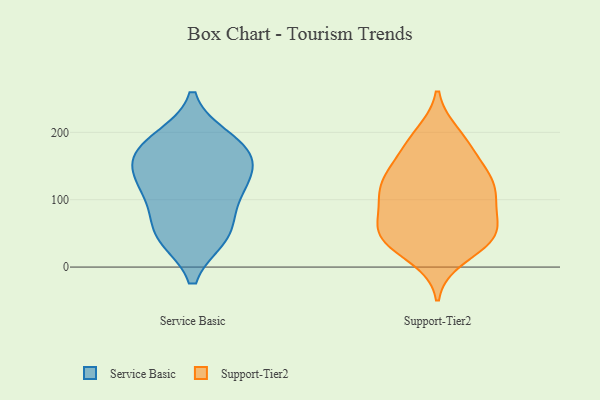
{"axis": {"x": "Satisfaction Score", "y": "Value"}, "legend": ["Service Basic", "Support-Tier2"], "data": [{"x": "", "y": 148, "type": "Service Basic"}, {"x": "", "y": 118, "type": "Service Basic"}, {"x": "", "y": 103, "type": "Service Basic"}, {"x": "", "y": 169, "type": "Service Basic"}, {"x": "", "y": 162, "type": "Service Basic"}, {"x": "", "y": 51, "type": "Service Basic"}, {"x": "", "y": 182, "type": "Service Basic"}, {"x": "", "y": 121, "type": "Service Basic"}, {"x": "", "y": 46, "type": "Service Basic"}, {"x": "", "y": 50, "type": "Service Basic"}, {"x": "", "y": 189, "type": "Service Basic"}, {"x": "", "y": 39, "type": "Support-Tier2"}, {"x": "", "y": 133, "type": "Support-Tier2"}, {"x": "", "y": 60, "type": "Support-Tier2"}, {"x": "", "y": 103, "type": "Support-Tier2"}, {"x": "", "y": 196, "type": "Support-Tier2"}, {"x": "", "y": 129, "type": "Support-Tier2"}, {"x": "", "y": 183, "type": "Support-Tier2"}, {"x": "", "y": 105, "type": "Support-Tier2"}, {"x": "", "y": 67, "type": "Support-Tier2"}, {"x": "", "y": 48, "type": "Support-Tier2"}, {"x": "", "y": 183, "type": "Support-Tier2"}, {"x": "", "y": 41, "type": "Support-Tier2"}, {"x": "", "y": 43, "type": "Support-Tier2"}, {"x": "", "y": 148, "type": "Support-Tier2"}, {"x": "", "y": 136, "type": "Support-Tier2"}, {"x": "", "y": 15, "type": "Support-Tier2"}, {"x": "", "y": 50, "type": "Support-Tier2"}, {"x": "", "y": 107, "type": "Support-Tier2"}, {"x": "", "y": 103, "type": "Support-Tier2"}]}